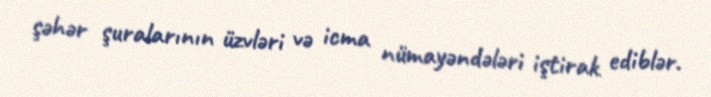
şəhər şuralarının üzvləri və icma nümayəndələri iştirak ediblər.